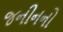
જનીનનો